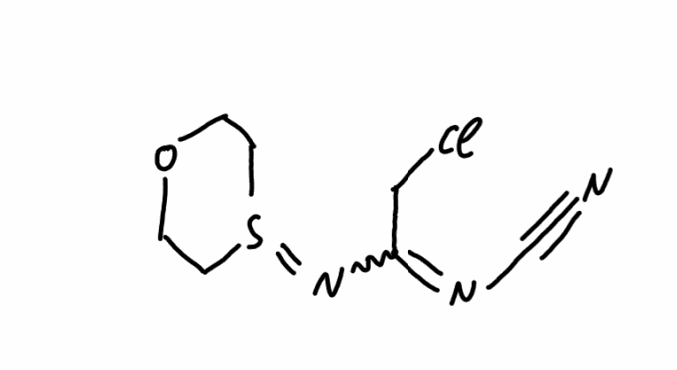
Simplified molecular-input line-entry system (SMILES) notation of the given molecule:
C1CS(=NC(=NC#N)CCl)CCO1